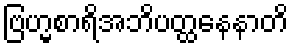
ဗြဟ္မစာရိအဘိပတ္ထနေနာတိ